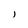
Character: j